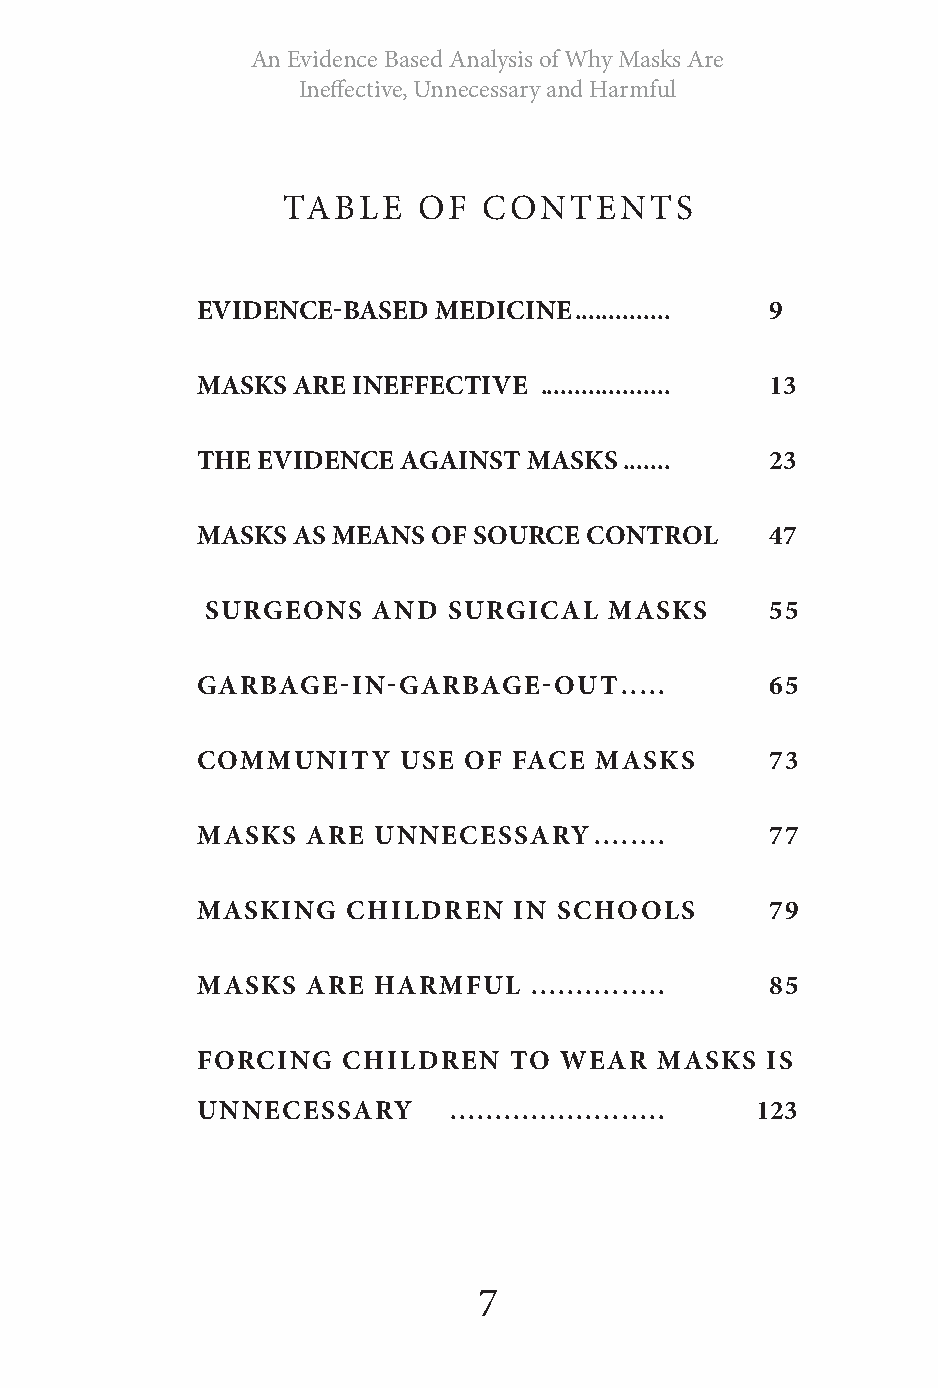
An Evidence Based Analysis of Why Masks Are
 Ineffective, Unnecessary and Harmful
 TABLE    OF  CONTENTS
 EVIDENCE-BASED  MEDICINE .............. 9
 MASKS ARE INEFFECTIVE  ................... 13
 THE EVIDENCE  AGAINST MASKS .......   23
 MASKS AS MEANS  OF SOURCE CONTROL     47
 SURGEONS   AND  SURGICAL  MASKS      55
 GARBAGE-IN-GARBAGE-OUT.      ....     65
 COMMUNITY    USE  OF FACE MASKS       73
 MASKS  ARE  UNNECESSARY   ........    77
 MASKING   CHILDREN   IN SCHOOLS       79
 MASKS  ARE  HARMFUL   ............... 85
 FORCING   CHILDREN   TO WEAR  MASKS   IS
 UNNECESSARY      ........................ 123
 7